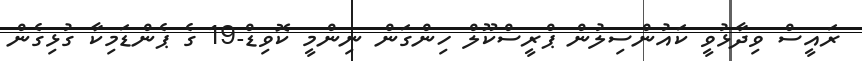
ރައީސް ވިދާޅުވީ ކައުންސިލުން ޕްރީސްކޫލް ހިންގަން ނިންމީ ކޮވިޑް-19 ގެ ޕެންޑަމިކާ ގުޅިގެން